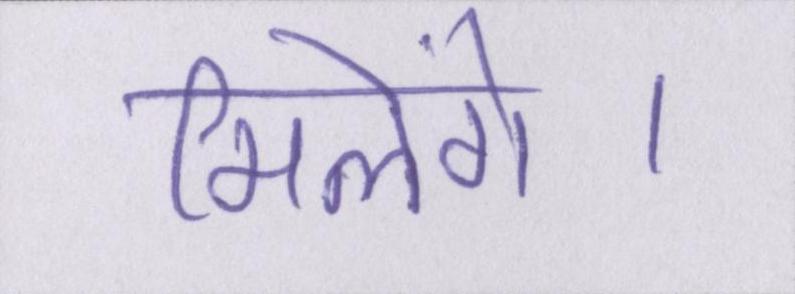
मिलेंगे।